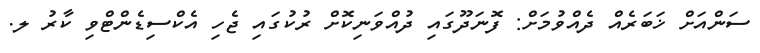
ސަންއަށް ޚަބަރެއް ދެއްވުމަށް: ފޮނަދޫގައި ދުއްވަނިކޮށް ރުކުގައި ޖެހި އެކްސިޑެންޓްވި ކާރު ލ.